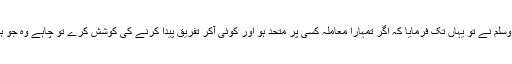
آپ صلی اللہ علیہ وسلم نے تو یہاں تک فرمایا کہ اگر تمہارا معاملہ کسی پر متحد ہو اور کوئی آکر تفریق پیدا کرنے کی کوشش کرے تو چاہے وہ جو ہو اسے قتل کردو ۔